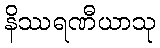
နိဿရဏီယာသု